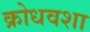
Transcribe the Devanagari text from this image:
क्रोधवशा